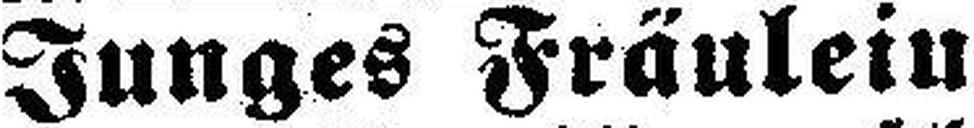
Junges Fräulein